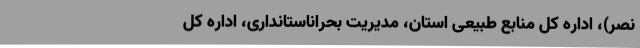
نصر)، اداره کل منابع طبیعی استان، مدیریت بحراناستانداری، اداره کل